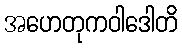
အဟေတုကဝါဒေါတိ